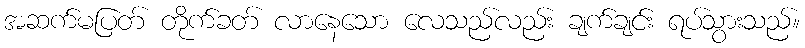
အဆက်မပြတ် တိုက်ခတ် လာနေသော လေသည်လည်း ချက်ချင်း ရပ်သွားသည်။